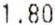
1.80